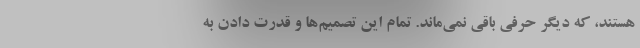
هستند، که دیگر حرفی باقی نمی‌ماند. تمام این تصمیم‌ها و قدرت دادن به